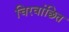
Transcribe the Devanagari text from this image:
चिरवांछित